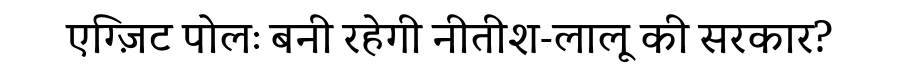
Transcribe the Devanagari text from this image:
एग्ज़िट पोलः बनी रहेगी नीतीश-लालू की सरकार?